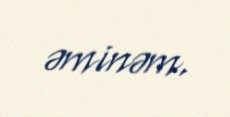
əminəm.